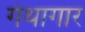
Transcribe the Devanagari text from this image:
गंथागार